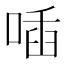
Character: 喢